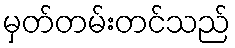
မှတ်တမ်းတင်သည်